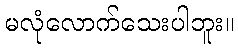
မလုံလောက်သေးပါဘူး။